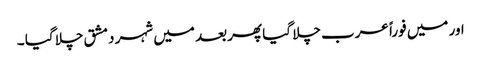
اور میں فوراً عرب چلا گیا پھر بعد میں شہر دمشق چلا گیا ۔